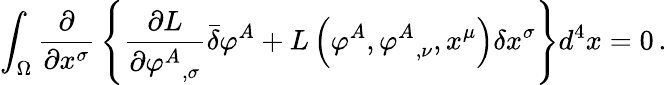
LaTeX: \int_{\Omega}{\frac{\partial}{\partial x^{\sigma}}}\left\{ {\frac{\partial L}{\partial{\varphi^{A}}_{,\sigma}}}{\bar{\delta}}\varphi^{A}+L\left(\varphi^{A},{\varphi^{A}}_{,\nu},x^{\mu}\right)\delta x^{\sigma}\right\} d^{4}x=0\, .